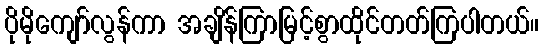
ပိုမိုကျော်လွန်ကာ အချိန်ကြာမြင့်စွာထိုင်တတ်ကြပါတယ်။